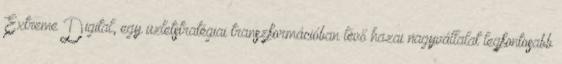
Extreme Digital, egy üzletstratégiai transzformációban lévő hazai nagyvállalat legfontosabb